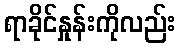
ရာခိုင်နှုန်းကိုလည်း